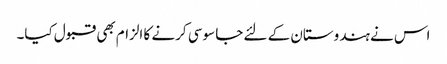
اس نے ہندوستان کے لئے جا سوسی کرنے کا الزام بھی قبول کیا۔